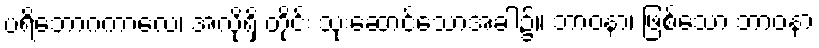
ပရိဘောဂကာလေ၊ အလိုရှိ တိုင်း သုံးဆောင်သောအခါ၌။ ဘာဝနာ၊ ဖြစ်သော ဘာဝနာ